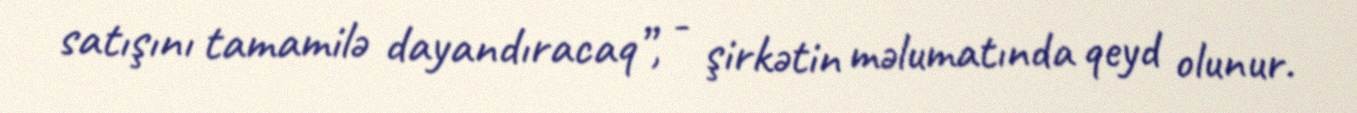
satışını tamamilə dayandıracaq”, - şirkətin məlumatında qeyd olunur.